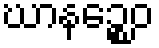
ဃာနဉ္စေဝ